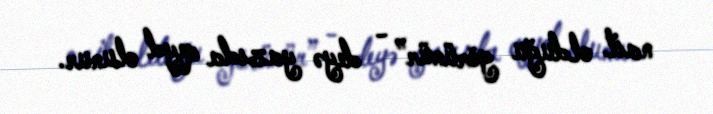
nail olduğu görünür” - deyə yazıda qeyd olunur.